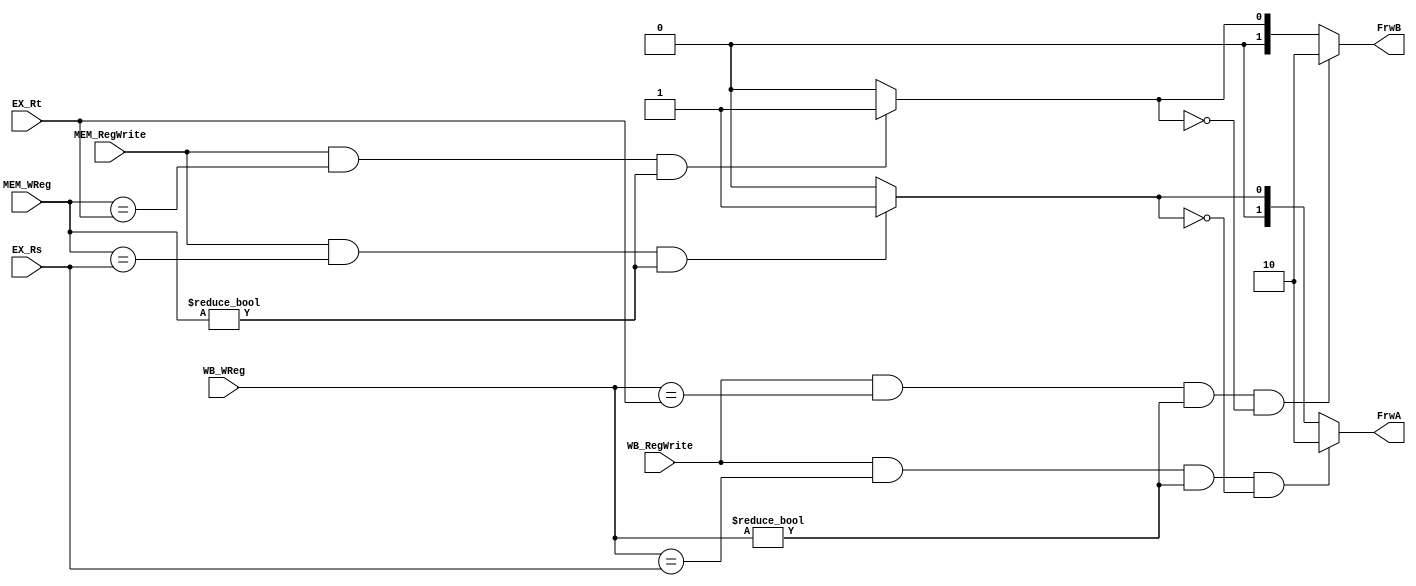
module FRWUnit(input [4:0]EX_Rs,EX_Rt,MEM_WReg,WB_WReg, input MEM_RegWrite,WB_RegWrite, output reg [1:0]FrwA, FrwB);
  reg Flag1,Flag2;
  always@(EX_Rs,MEM_WReg,WB_WReg,MEM_RegWrite,WB_RegWrite) begin
    FrwA = 2'b00;
    Flag1 = 0;
    if(MEM_RegWrite == 1 && MEM_WReg == EX_Rs && MEM_WReg != 5'b0) begin
      Flag1 = 1'b1;
      FrwA = 2'b01;
    end 
    if(WB_RegWrite == 1 && WB_WReg == EX_Rs && WB_WReg != 5'b0 && Flag1 == 0) begin
      FrwA = 2'b10;
    end
  end
  
  always@(EX_Rt,MEM_WReg,WB_WReg,MEM_RegWrite,WB_RegWrite) begin
    FrwB = 2'b00;
    Flag2 = 0;
    if(MEM_RegWrite == 1 && MEM_WReg == EX_Rt && MEM_WReg != 5'b0) begin
      Flag2 = 1'b1;
      FrwB = 2'b01;
    end 
    if(WB_RegWrite == 1 && WB_WReg == EX_Rt && WB_WReg != 5'b0 && Flag2 == 0) begin
      FrwB = 2'b10;
    end
  end
endmodule